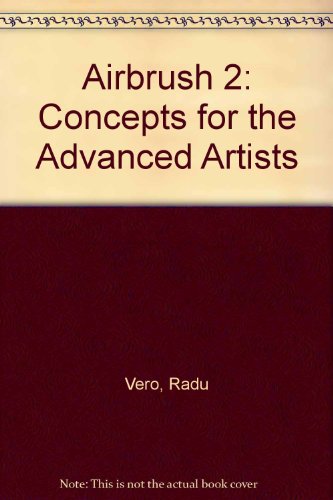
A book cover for Airbrush 2; Radu Vero; Arts & Photography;